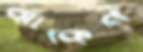
ঝাঁকেন